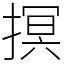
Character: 㨠